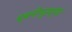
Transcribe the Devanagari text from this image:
ध्वनीपुरत्या